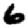
Digit: 6